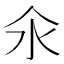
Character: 氽